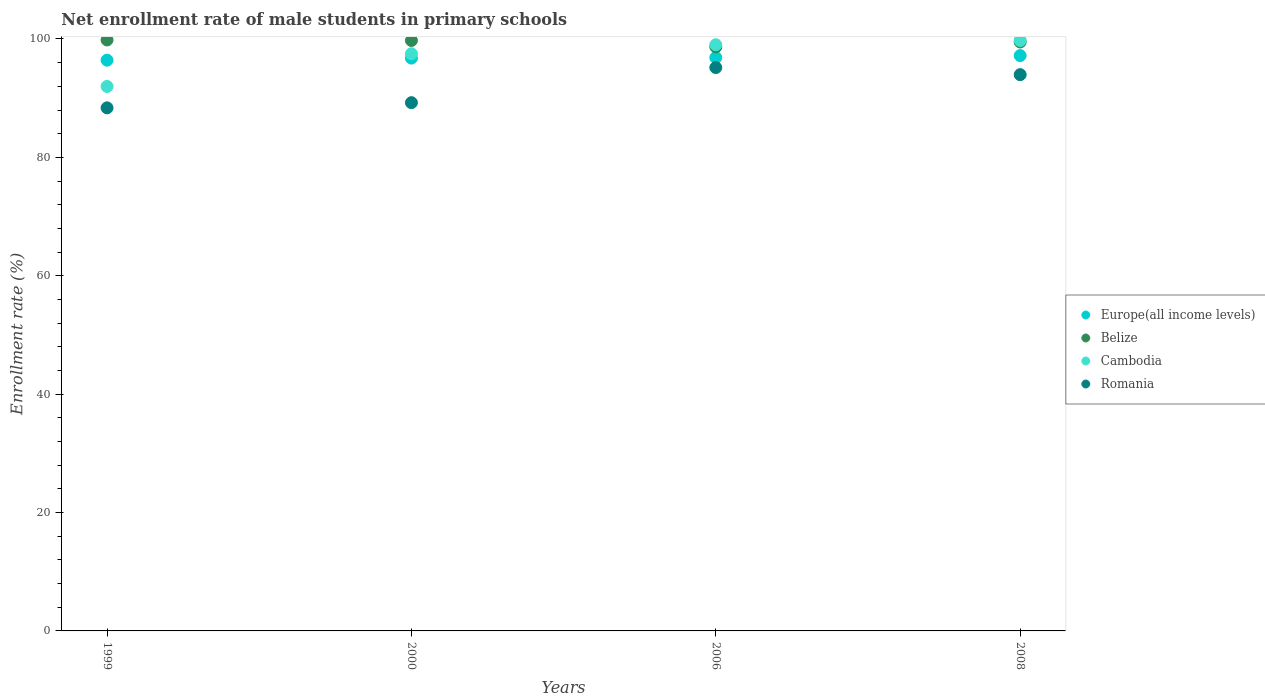
| Years | Europe(all income levels) | Belize | Cambodia | Romania |
 | --- | --- | --- | --- | --- |
 | 1999 | 96.4 | 99.8 | 92 | 88.4 |
 | 2000 | 96.8 | 99.7 | 97.5 | 89.2 |
 | 2006 | 96.9 | 98.7 | 99 | 95.2 |
 | 2008 | 97.2 | 99.5 | 99.8 | 94 |